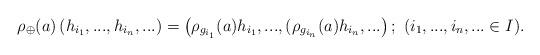
LaTeX: \begin{align*}\rho_{\oplus} (a)\left(h_{i_1}, ..., h_{i_n}, ...\right)= \left(\rho_{g_{i_1}}(a)h_{i_1}, ..., (\rho_{g_{i_n}}(a)h_{i_n}, ...\right); \ (i_1,...,i_n,...\in I).\end{align*}